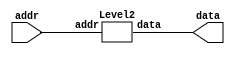
module Level1(
  input  [15:0] addr,
  output [15:0] data
);
  wire [15:0] level2_addr;
  wire [15:0] level2_data;
  Level2 level2 (
    .addr(level2_addr),
    .data(level2_data)
  );
  assign data = level2_data;
  assign level2_addr = addr;
endmodule
module Level2(
  input  [15:0] addr,
  output [15:0] data
);
  wire [15:0] memory_addr;
  wire [15:0] memory_data;
  Level3 memory (
    .addr(memory_addr),
    .data(memory_data)
  );
  assign data = memory_data;
  assign memory_addr = addr;
endmodule
module Level3(
  input  [15:0] addr,
  output [15:0] data
);
  assign data = addr;
endmodule
module Top(
  input         clk,
  input         reset,
  input  [15:0] addr,
  output [15:0] data
);
  wire [15:0] level1_addr;
  wire [15:0] level1_data;
  Level1 level1 (
    .addr(level1_addr),
    .data(level1_data)
  );
  assign data = level1_data;
  assign level1_addr = addr;
endmodule